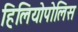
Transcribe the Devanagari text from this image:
हिलियोपोलिस